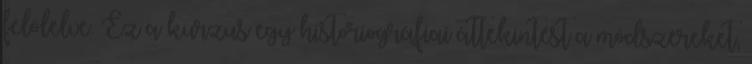
felölelve. Ez a kurzus egy historiográfiai áttekintést a módszereket,